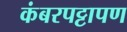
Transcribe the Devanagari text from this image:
कंबरपट्टापण